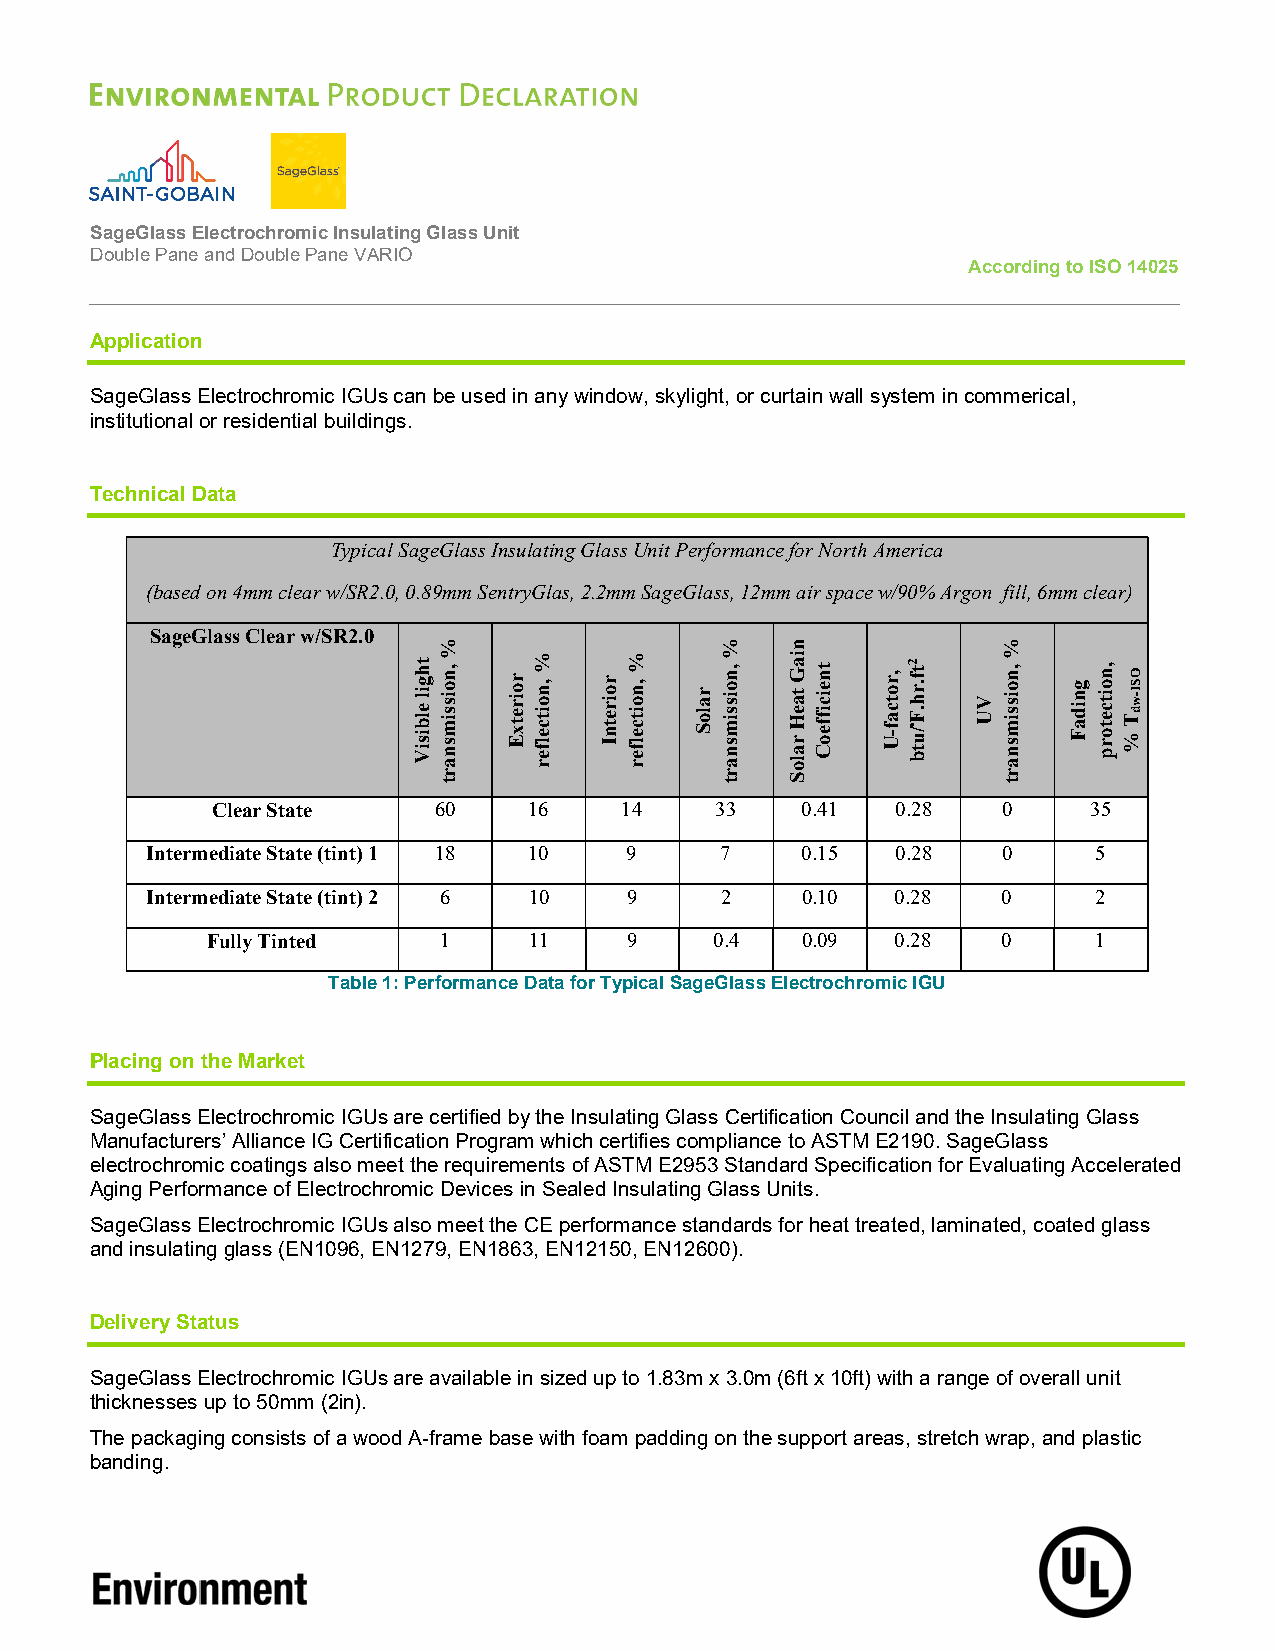
SageGlass Electrochromic Insulating Glass Unit
 Double Pane and Double Pane VARIO
 According to ISO 14025
 Application
 SageGlass Electrochromic IGUs can be used in any window, skylight, or curtain wall system in commerical,
 institutional or residential buildings.
 Technical Data
 Typical SageGlass Insulating Glass Unit Performance for North America
 (based on 4mm clear w/SR2.0, 0.89mm SentryGlas, 2.2mm SageGlass, 12mm air space w/90% Argon fill, 6mm clear)
 SageGlass Clear w/SR2.0
 Clear State    60    16    14    33    0.41  0.28   0     35
 Intermediate State (tint) 1 18 10 9   7    0.15  0.28   0      5
 Intermediate State (tint) 2 6 10 9    2    0.10  0.28   0      2
 Fully Tinted   1     11     9    0.4   0.09  0.28   0      1
 Table 1: Performance Data for Typical SageGlass Electrochromic IGU
 Placing on the Market
 SageGlass Electrochromic IGUs are certified by the Insulating Glass Certification Council and the Insulating Glass
 Manufacturers’ Alliance IG Certification Program which certifies compliance to ASTM E2190. SageGlass
 electrochromic coatings also meet the requirements of ASTM E2953 Standard Specification for Evaluating Accelerated
 Aging Performance of Electrochromic Devices in Sealed Insulating Glass Units.
 SageGlass Electrochromic IGUs also meet the CE performance standards for heat treated, laminated, coated glass
 and insulating glass (EN1096, EN1279, EN1863, EN12150, EN12600).
 Delivery Status
 SageGlass Electrochromic IGUs are available in sized up to 1.83m x 3.0m (6ft x 10ft) with a range of overall unit
 thicknesses up to 50mm (2in).
 The packaging consists of a wood A-frame base with foam padding on the support areas, stretch wrap, and plastic
 banding.
 thgil
 elbisiV
 %
 ,noissimsnart roiretxE % ,noitcelfer roiretnI % ,noitcelfer
 raloS
 %
 ,noissimsnart
 niaG
 taeH
 raloS
 tneiciffeoC ,rotcaf-U 2tf.rh.F˚/utb
 VU
 %
 ,noissimsnart gnidaF ,noitcetorp
 T
 %
 OSI-wd